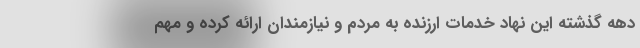
دهه گذشته این نهاد خدمات ارزنده به مردم و نیازمندان ارائه کرده و مهم